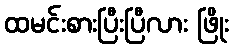
ထမင်းစားပြီးပြီလား ဖြိုး